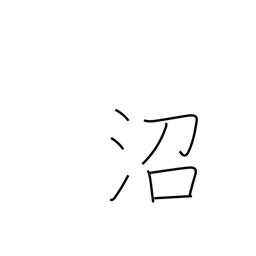
Meaning: bog